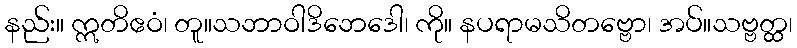
နည်း။ ဣတိဧဝံ၊ တူ။သဘာဝါဒိဘေဒေါ၊ ကို။ နပရာမသိတဗ္ဗော၊ အပ်။သဗ္ဗတ္ထ၊